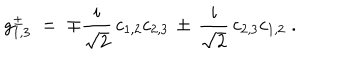
LaTeX: g _ { 1 , 3 } ^ { \pm } \; = \; \mp \frac { i } { \sqrt { 2 } } \, c _ { 1 , 2 } c _ { 2 , 3 } \, \pm \, \frac { i } { \sqrt { 2 } } \, c _ { 2 , 3 } c _ { 1 , 2 } \; .